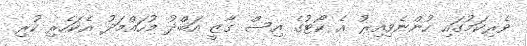
ވެރިކަމުގައި ހުންނެވިއިރު އެ ކޯޓުގެ އިސް ގާޒީ އަބްދު މުހައްމަދު އެކަހެރި ކުރި